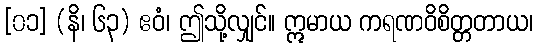
[၀၁] (နိ၊ ၆၃) ဧဝံ၊ ဤသို့လျှင်။ ဣမာယ ကရဏဝိစိတ္တတာယ၊